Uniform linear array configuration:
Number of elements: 48
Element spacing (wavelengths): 1
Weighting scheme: cosine
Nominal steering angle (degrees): -45
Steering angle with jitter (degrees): -46.73
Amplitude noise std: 0.05
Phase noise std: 0.05

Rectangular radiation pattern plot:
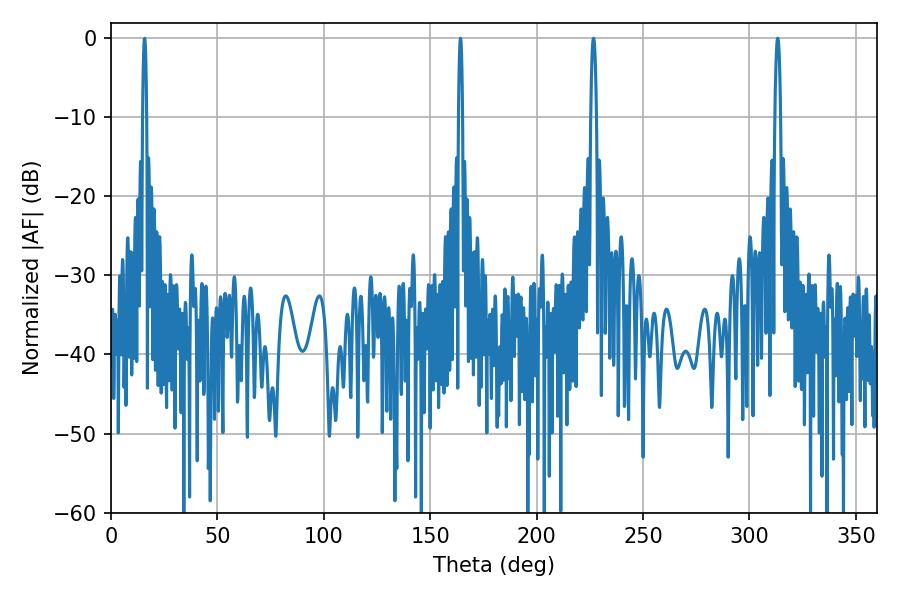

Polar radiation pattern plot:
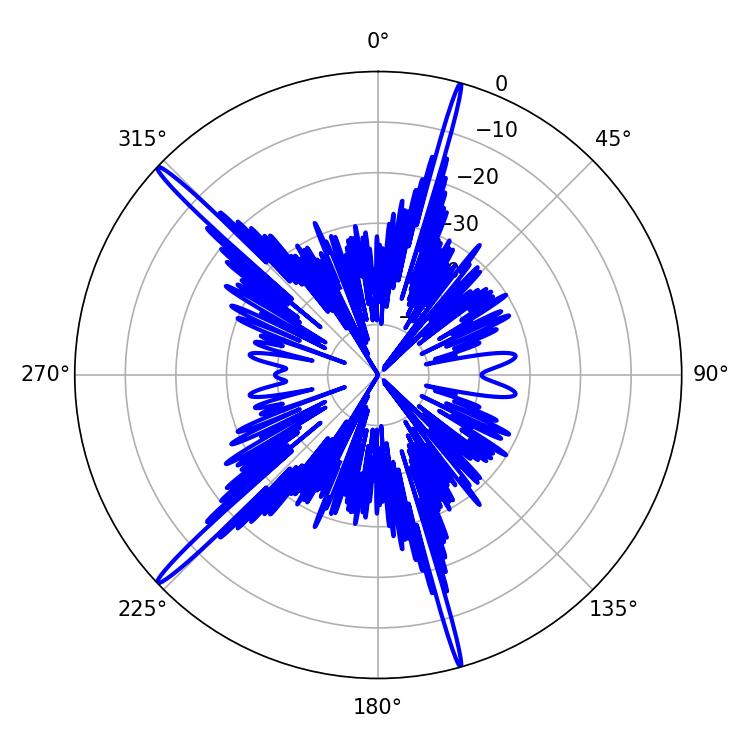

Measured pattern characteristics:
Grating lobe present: TRUE
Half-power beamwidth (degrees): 1.44
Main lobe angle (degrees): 226.8